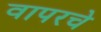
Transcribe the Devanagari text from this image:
वापरचे